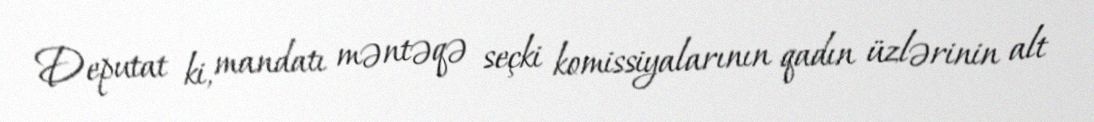
Deputat ki, mandatı məntəqə seçki komissiyalarının qadın üzlərinin alt